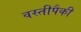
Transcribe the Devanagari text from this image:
वस्तीपैकी